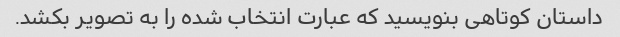
داستان کوتاهی بنویسید که عبارت انتخاب شده را به تصویر بکشد.